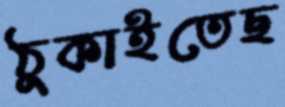
ঠুকাইতেছ